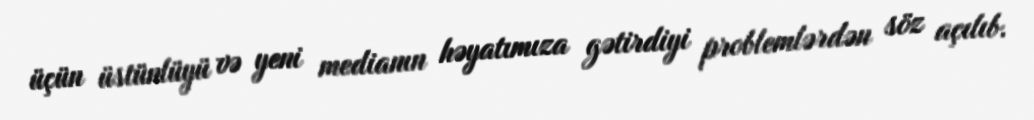
üçün üstünlüyü və yeni medianın həyatımıza gətirdiyi problemlərdən söz açılıb.